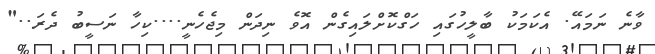
ވާނެ ނަމައޭ. އެކަމަކު ބާލީހުގައި ހަގްކޮށްލައިގެން އޮވެ ނިދަން މިޖެހެނީ....ކިހާ ނަސީބު ދެރަ.."